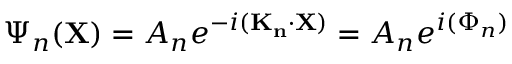
\Psi _ { n } ( \mathbf { X } ) = A _ { n } e ^ { - i ( \mathbf { K _ { n } } \cdot \mathbf { X } ) } = A _ { n } e ^ { i ( \Phi _ { n } ) }